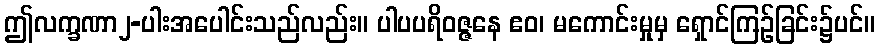
ဤလက္ခဏာ၂-ပါးအပေါင်းသည်လည်း။ ပါပပရိဝဇ္ဇနေ ဧဝ၊ မကောင်းမှုမှ ရှောင်ကြဉ်ခြင်း၌ပင်။